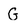
Character: G